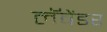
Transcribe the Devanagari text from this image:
लॅवेंडर